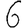
Digit: 6